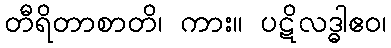
တီရိတာစာတိ၊ ကား။ ပဋိလဒ္ဓါဧဝ၊